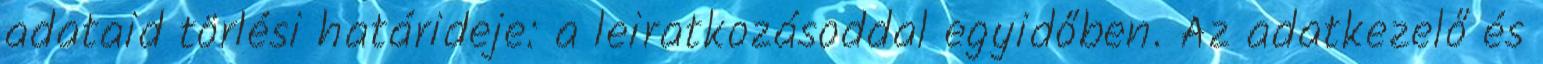
adataid törlési határideje: a leiratkozásoddal egyidőben. Az adatkezelő és